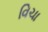
વિચા